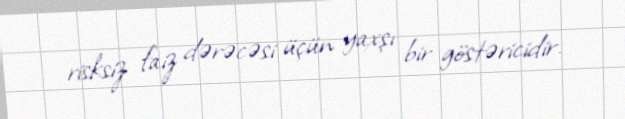
risksiz faiz dərəcəsi üçün yaxşı bir göstəricidir.